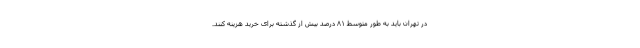
در تهران باید به طور متوسط ٨١ درصد بیش از گذشته برای خرید هزینه کنند.